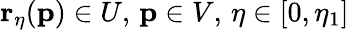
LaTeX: \mathbf{r}_{\eta}(\mathbf{p})\in U,\, \mathbf{p}\in V,\, \eta\in[0,\eta_{1}]